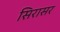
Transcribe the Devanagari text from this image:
सिरासर